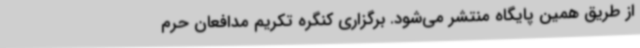
از طریق همین پایگاه منتشر می‌شود. برگزاری کنگره تکریم مدافعان حرم